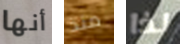
أنها منذ لذا